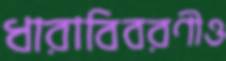
ধারাবিবরণীও